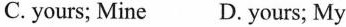
C. yours; Mine D. yours; My